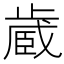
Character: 𪴼